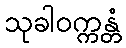
သုခါဝက္ကန္တံ